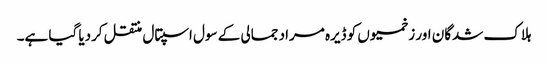
ہلاک شدگان اور زخمیوں کو ڈیرہ مراد جمالی کے سول اسپتال منتقل کردیا گیا ہے۔